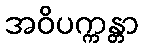
အဝိပက္ကန္တာ